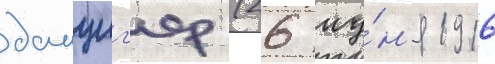
данциг'ер (26 иу́н'я 1916